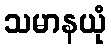
သမာနယုံ